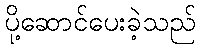
ပို့ဆောင်ပေးခဲ့သည်